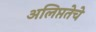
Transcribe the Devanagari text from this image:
अलिप्ततेचे